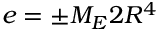
e = \pm M _ { E } 2 R ^ { 4 }